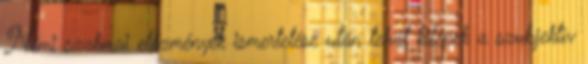
Némi szakmai előzmények ismertetése után tehát kilépek a szub­jektív